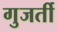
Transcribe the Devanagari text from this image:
गुजर्ती